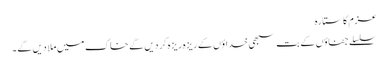
عزم کا ستارہ
سلسلے جفاؤں کے بت سبھی خداؤں کے ریزہ ریزہ کر دیں گے خاک میں ملا دیں گے ۔